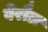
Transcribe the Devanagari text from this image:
बेरौल